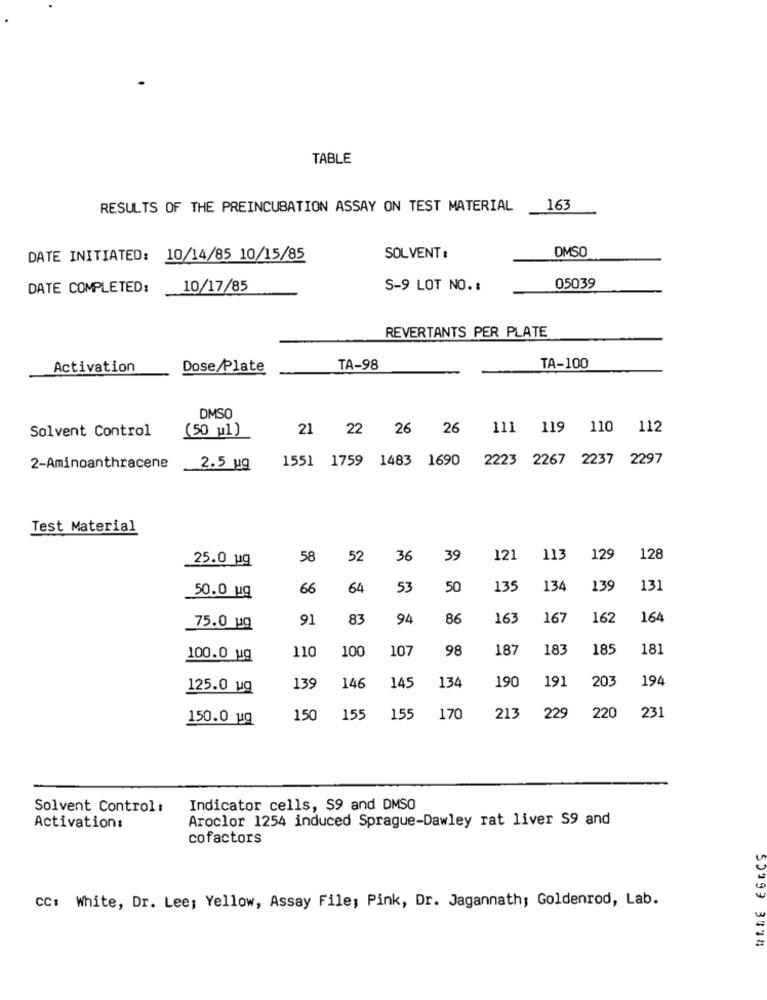
TABLE
RESULTS OF THE PREINCUBATION ASSAY ON TEST MATERIAL
163
DMSO
DATE INITIATED: 10/14/85 10/15/85
SOLVENT :
05039
DATE COMPLETED:
10/17/85
S-9 LOT NO. :
REVERTANTS PER PLATE
Activation
Dose/Plate
TA-98
TA-100
DMSO
Solvent Control
21 22 26 26
111 119 110 112
(50 u1)
1551 1759 1483 1690 2223 2267 2237 2297
2-Aminoanthracene
2.5 ug
Test Material
25.0 ug
58
52
36
39
121
113
129
128
66
64
53
50
135
134
139
131
50.0 ug
91
83
94
86
163
167
162
164
75.0 19
100
107
98
187
183
185
181
100.0 uq
110
190
191
203
194
125.0 wq
139
146
145
134
231
150.0 ug
150
155
155
170
213
229
220
Solvent Control :
Indicator cells, S9 and DMSO
Aroclor 1254 induced Sprague-Dawley rat liver S9 and
Activation:
cofactors
CC: White, Dr. Lee; Yellow, Assay File; Pink, Dr. Jagannath; Goldenrod, Lab.